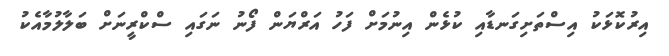
އިރުކޮޅަކު އިސްތަށިގަނޑާއި ކުޅެން އިނުމަށް ފަހު އަރްޔަން ފޯނު ނަގައި ސްކްރީނަށް ބަލާލުމާއެކު